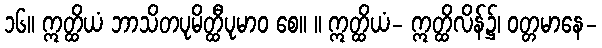
၁၆။ ဣတ္ထိယံ ဘာသိတပုမိတ္ထီပုမာဝ စေ။ ။ ဣတ္ထိယံ- ဣတ္ထိလိန်၌၊ ဝတ္တမာနေ-